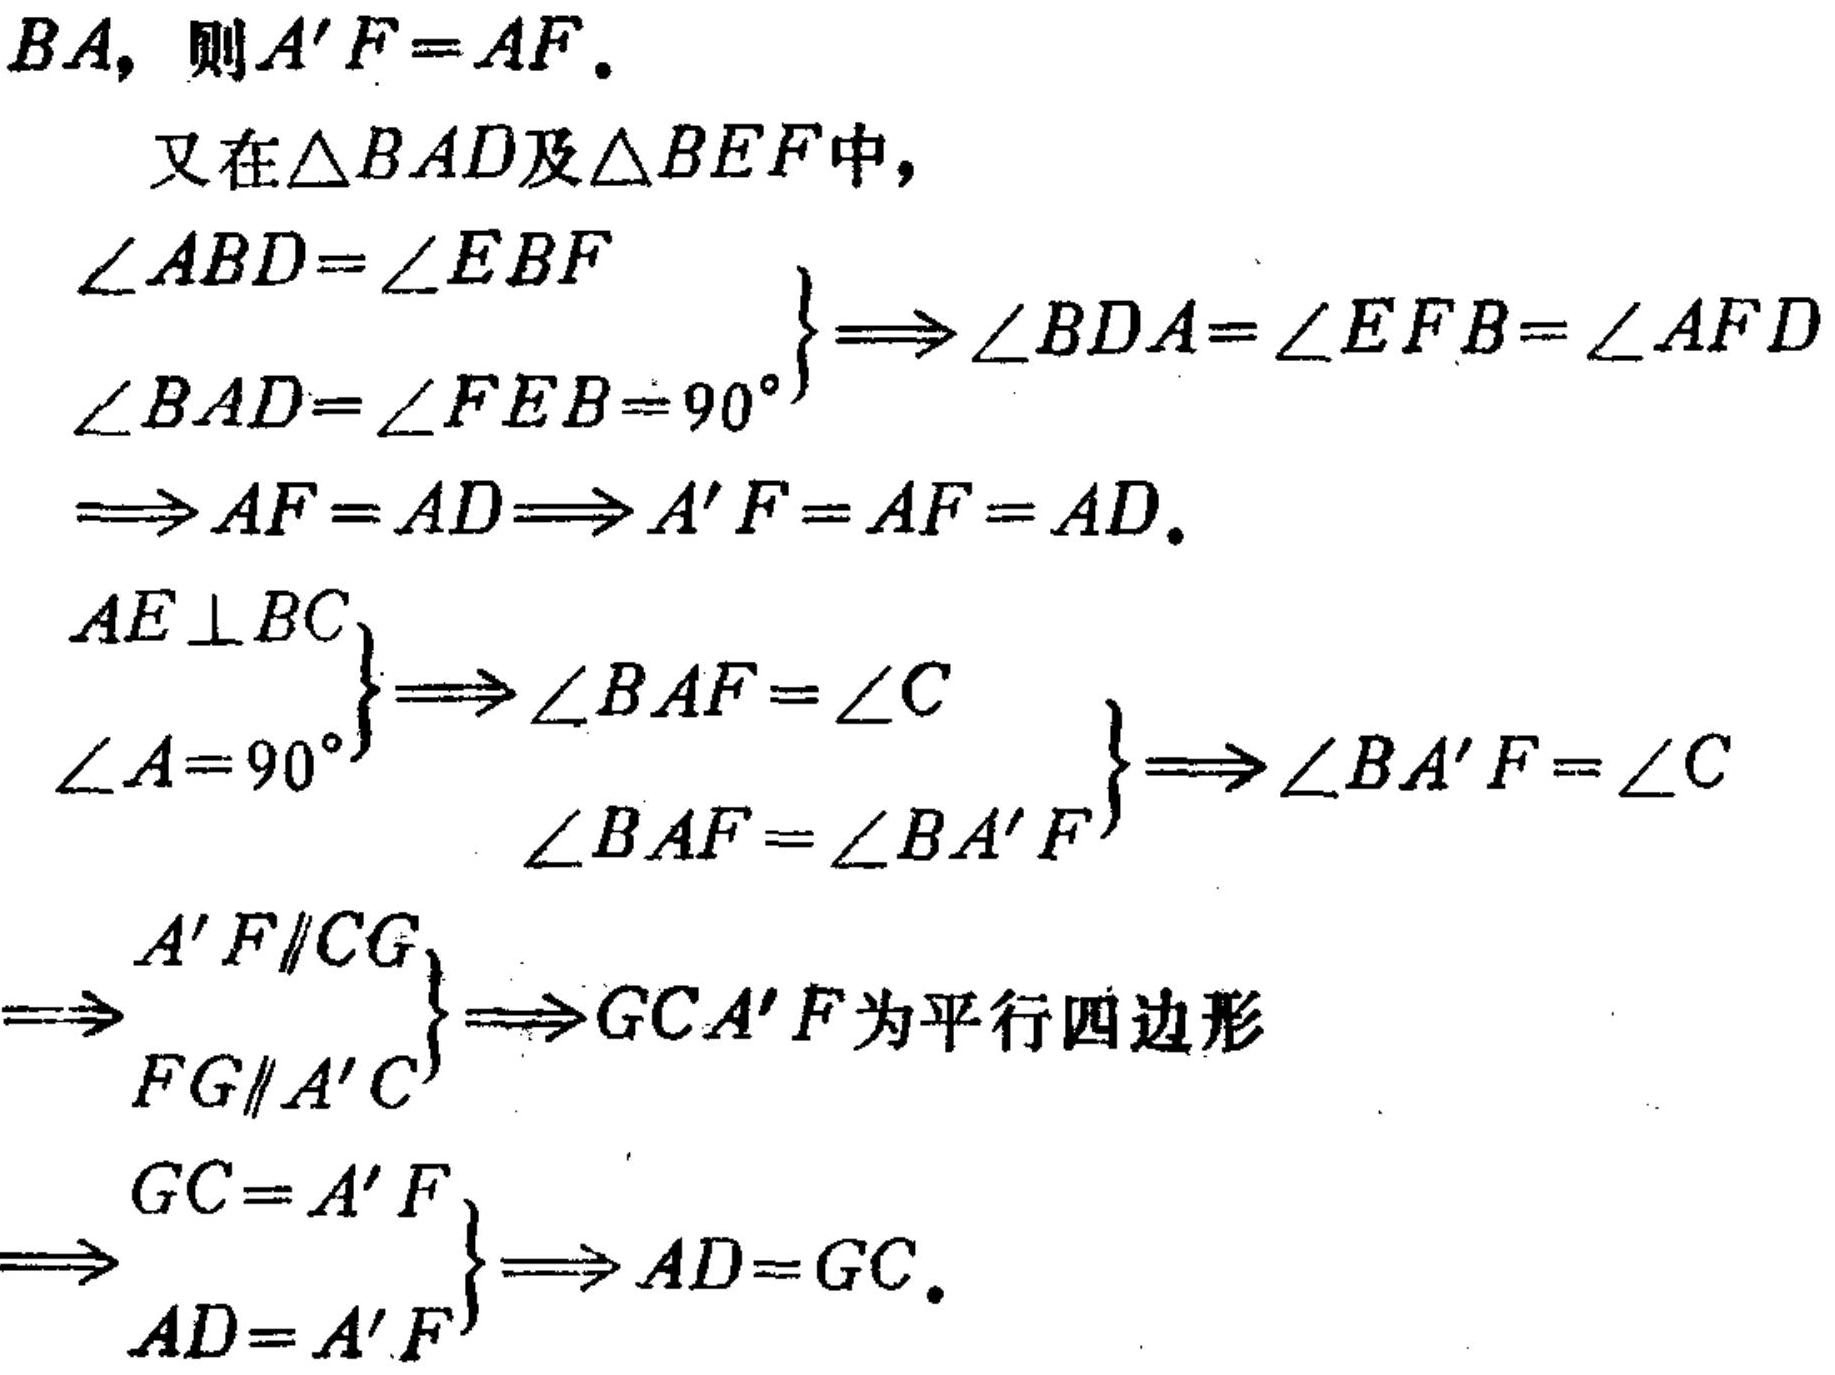
$BA，则A'F = AF.$
又在$\triangle BAD$及$\triangle BEF$中，
$\left.\begin{array}{l}
\angle ABD=\angle EBF\\
\angle BAD=\angle FEB = 90^{\circ}
\end{array}\right\}
\Longrightarrow\angle BDA=\angle EFB=\angle AFD$
$\Longrightarrow AF = AD\Longrightarrow A'F = AF = AD.$
$\left.\begin{array}{l}
AE\perp BC\\
\angle A = 90^{\circ}
\end{array}\right\}
\Longrightarrow\angle BAF=\angle C$
$\left.\begin{array}{l}
\angle BAF=\angle C\\
\angle BAF=\angle BA'F
\end{array}\right\}
\Longrightarrow\angle BA'F=\angle C$
$\left.\begin{array}{l}
A'F\parallel CG\\
FG\parallel A'C
\end{array}\right\}
\Longrightarrow GCA'F为平行四边形$
$\left.\begin{array}{l}
GC = A'F\\
AD = A'F
\end{array}\right\}
\Longrightarrow AD = GC.$